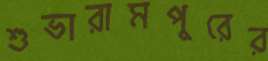
শুভারামপুরের